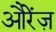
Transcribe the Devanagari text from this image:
औरेंज़